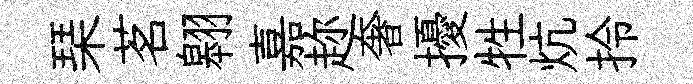
琹茗翱嘉趂奢擾牲炕拎